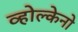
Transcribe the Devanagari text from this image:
व्होल्केनो